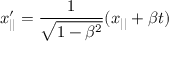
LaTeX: x _ { | | } ^ { \prime } = \frac { 1 } { \sqrt { 1 - \beta ^ { 2 } } } ( x _ { | | } + \beta t )